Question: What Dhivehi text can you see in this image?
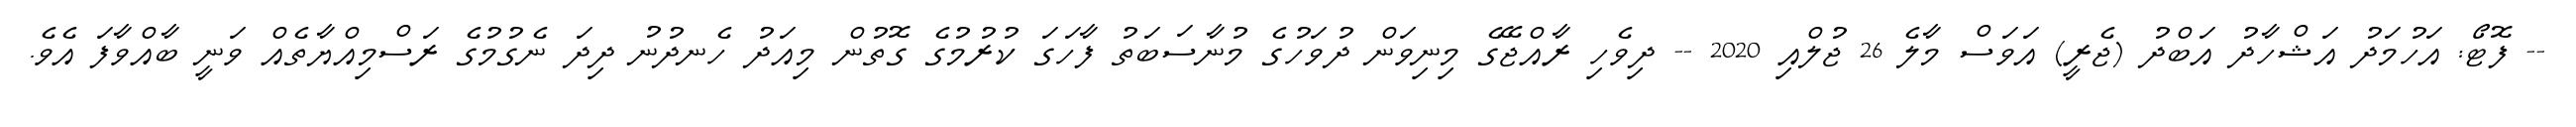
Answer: -- ފޮޓޯ: އަހުމަދު އަޝްހާދު އަބްދު (ޖެރީ) އަވަސް މާލެ 26 ޖުލްއި 2020 -- ދިވެހި ރާއްޖޭގެ މިނިވަން ދުވަހުގެ މުނާސަބަތު ފާހަގަ ކުރުމުގެ ގޮތުން މިއަދު ހެނދުނު ދިދަ ނެގުމުގެ ރަސްމިއްޔާތެއް ވަނީ ބާއްވާފަ އެވެ.